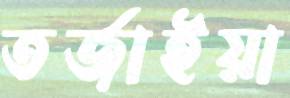
তর্জাইয়া